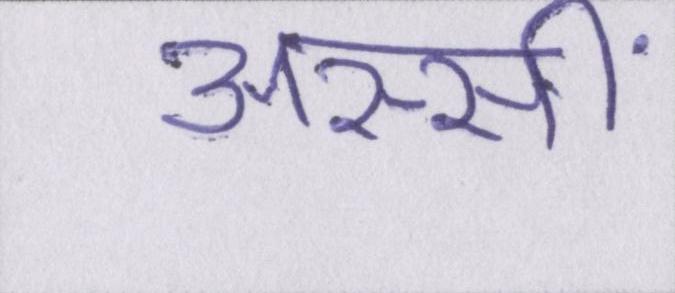
अस्सीं